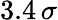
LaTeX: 3.4\, \sigma